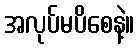
အလုပ်မပိစေနဲ့။